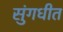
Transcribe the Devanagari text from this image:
सुंगधीत